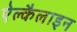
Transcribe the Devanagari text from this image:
ऐल्कैलाइन